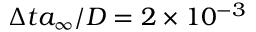
\Delta t a _ { \infty } / D = 2 \times 1 0 ^ { - 3 }